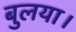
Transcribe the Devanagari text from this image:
बुलया।